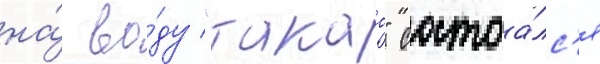
на́ во́ду "такао" состоа́лс'я